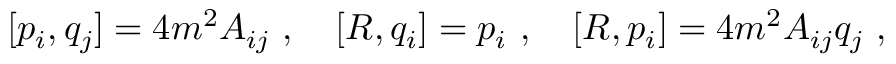
[ p _ { i } , q _ { j } ] = 4 m ^ { 2 } A _ { i j } \ , \quad [ R , q _ { i } ] = p _ { i } \ , \quad [ R , p _ { i } ] = 4 m ^ { 2 } A _ { i j } q _ { j } \ ,